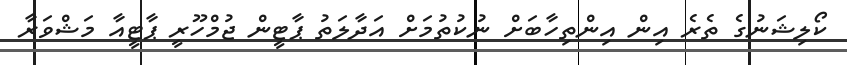
ކޯލިޝަނުގެ ތެރެ އިން އިންތިހާބަށް ނުކުތުމަށް އަދާލަތު ޕާޓީން ޖުމްހޫރީ ޕާޓީއާ މަޝްވަރާ